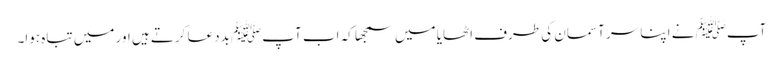
آپﷺ نے اپنا سر آسمان کی طرف اٹھایا میں سمجھا کہ اب آپﷺ بددعا کرتے ہیں اور میں تباہ ہوا۔